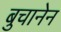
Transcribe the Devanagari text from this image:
बुचानेन